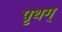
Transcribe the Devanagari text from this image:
पृथग्